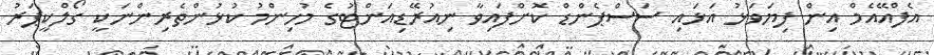
އެފްއޭއެމް އިން ފިޔަވަޅު އަޅައި ސަސްޕެންޑް ކޮށްފައިވާ ނިއުރޭޑިއަންޓުގެ މުހިންމު ކުޅުންތެރިންނަކީ ގޯލްކީޕަރު